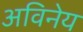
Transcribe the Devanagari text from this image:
अविनेय